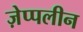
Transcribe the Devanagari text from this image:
ज़ेप्पलीन